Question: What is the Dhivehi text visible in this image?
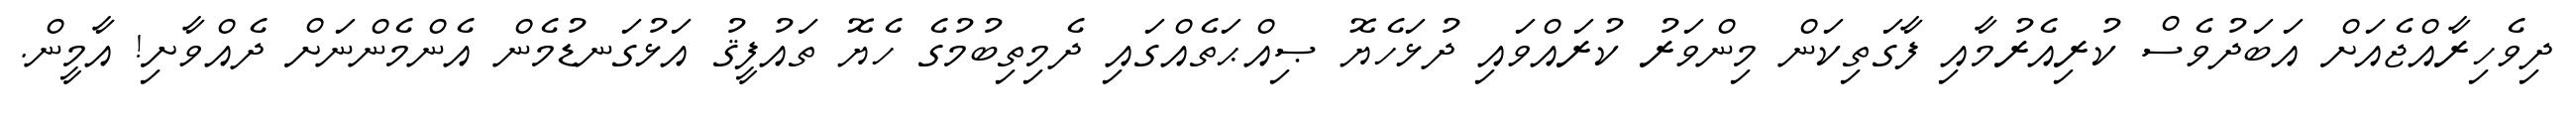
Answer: ދިވެހިރާއްޖެއަށް އަބަދުވެސް ކުރިއެރުމާއި ފާގަތިކަން މިންވަރު ކުރައްވައި ދުޅަހެޔޮ ޞިއްޙަތެއްގައި ދެމިތިބުމުގެ ހެޔޮ ތައުފީޤު އަޅުގަނޑުމެން އެންމެންނަށް ދެއްވާށި! އާމީން.